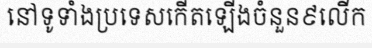
នៅទូទាំងប្រទេសកើតឡើងចំនួន៩លើក